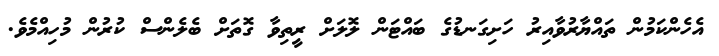
އެހެންކަމުން ތައްޔާރުވާއިރު ހަށިގަނޑުގެ ބައްޓަން ލޮލަށް ރީތިވާ ގޮތަށް ބެލެންސް ކުރުން މުހިއްމެވެ.